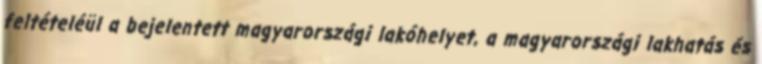
feltételéül a bejelentett magyarországi lakóhelyet, a magyarországi lakhatás és